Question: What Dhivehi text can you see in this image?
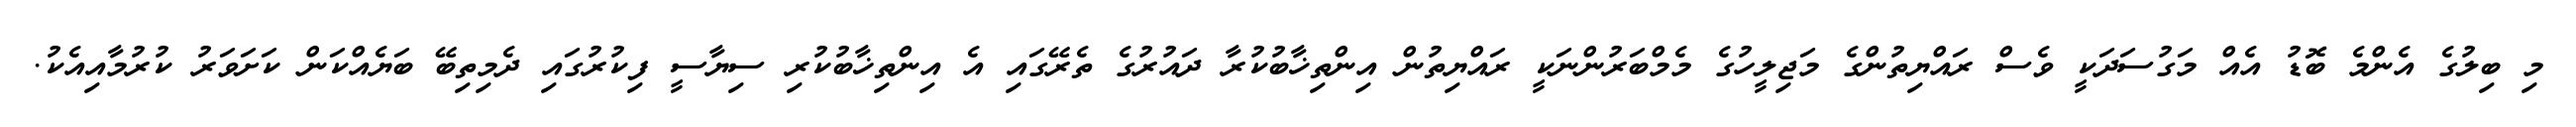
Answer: މި ބިލުގެ އެންމެ ބޮޑު އެއް މަގުސަދަކީ ވެސް ރައްޔިތުންގެ މަޖިލީހުގެ މެމްބަރުންނަކީ ރައްޔިތުން އިންތިޚާބުކުރާ ދައުރުގެ ތެރޭގައި އެ އިންތިޚާބުކުރި ސިޔާސީ ފިކުރުގައި ދެމިތިބޭ ބަޔެއްކަން ކަށަވަރު ކުރުމާއިއެކު.